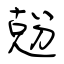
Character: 兝